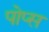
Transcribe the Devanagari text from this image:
पोप्स